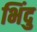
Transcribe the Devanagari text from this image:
भिंदु